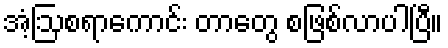
အံ့ဩစရာကောင်း တာတွေ စဖြစ်လာပါပြီ။